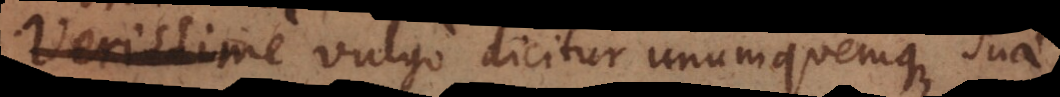
e vulgo dicitur unumquemque suae